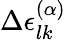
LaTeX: \Delta\epsilon_{lk}^{(\alpha)}